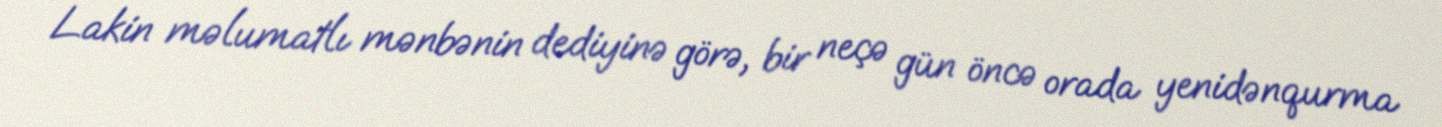
Lakin məlumatlı mənbənin dediyinə görə, bir neçə gün öncə orada yenidənqurma